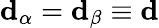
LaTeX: \mathbf{d}_{\alpha}=\mathbf{d}_{\beta}\equiv\mathbf{d}